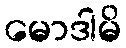
မောဒါမိ